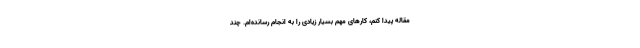
مقاله پیدا کنم، کارهای مهم بسیار زیادی را به انجام رسانده‌ام. چند